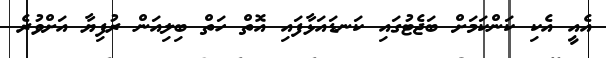
އެއީ އެކި ކަންކަމަށް ބަޖެޓުގައި ކަނޑައަޅާފައި އޮތް ހަތް ބިލިއަން ރުފިޔާ އަށްވުރެ